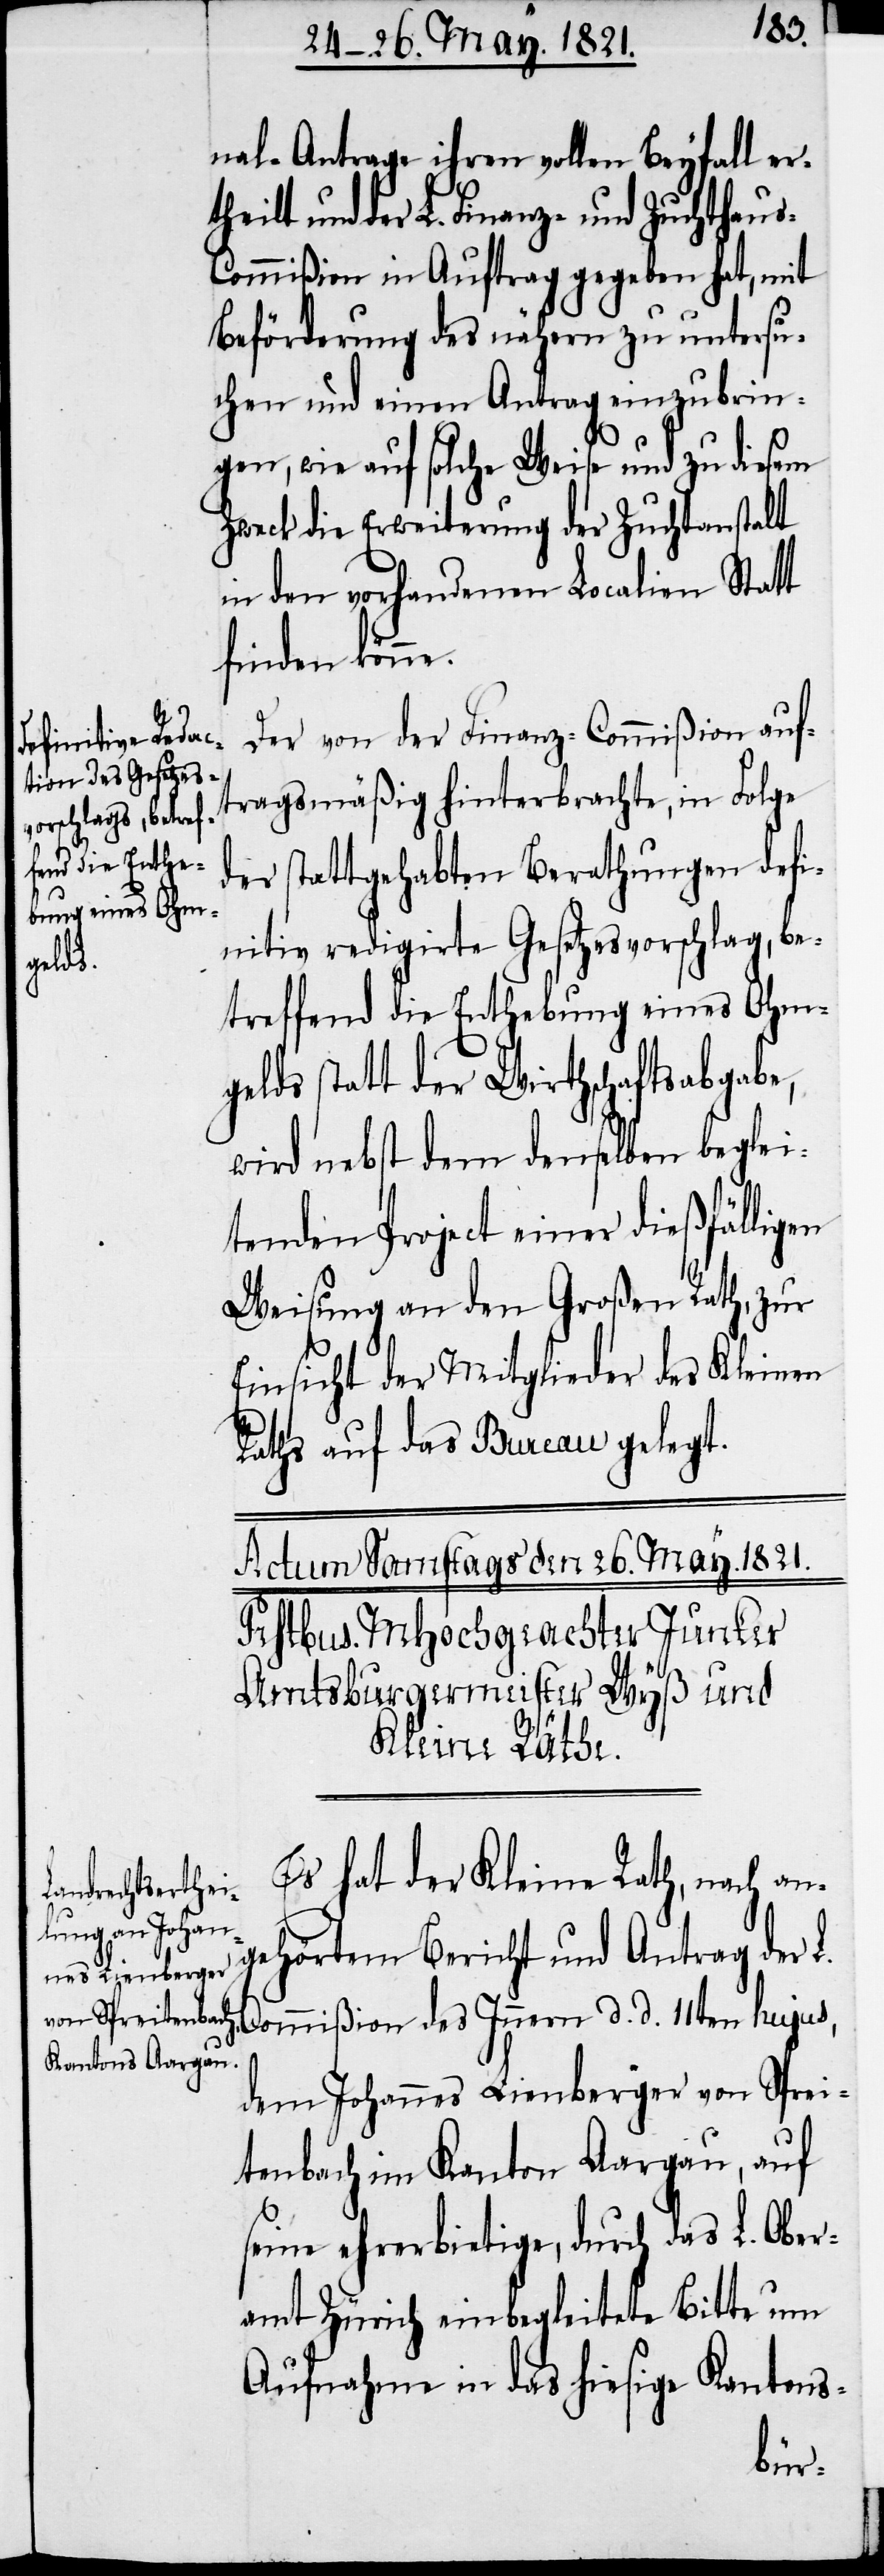
nal-Antrage ihren vollen Beyfall er¬
theilt und der L. Finanz- und Zuchthau¬
s-Commißion in Auftrag gegeben hat, mit
Beförderung des nähern zu untersu¬
chen und einen Antrag einzubrin¬
gen, wie auf solche Weise und zu diesem
Zweck die Erweiterung der Zuchtanstalt
in den vorhandenen Localien Statt
finden könne.
Der von der Finanz-Commißion auf¬
tragsmäßig hinterbrachte, in Folge
der stattgehabten Berathungen defi¬
nitiv redigirte Gesetzesvorschlag, be¬
treffend die Enthebung eines Ohm¬
gelds statt der Wirthschaftsabgabe,
wird nebst dem denselben beglei¬
tenden Project einer dießfälligen
Weisung an den Großen Rath, zur
Einsicht der Mitglieder des Keinen
Raths auf das Bureau gelegt.
Es hat der Kleine Rath, nach an¬
gehörtem Bericht und Antrag der L.
Commißion des Innern d. d. 11ten hujus,
dem Johannes Lienberger von Sprei¬
tenbach im Kanton Aargau, auf
seine ehrerbietige, durch das L. Ober¬
amt Zürich einbegleitete Bitte um
Aufnahme in das hiesige Kantons-